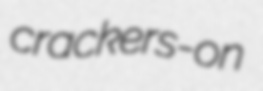
crackers-on